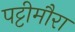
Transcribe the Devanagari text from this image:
पट्टीमौरा